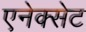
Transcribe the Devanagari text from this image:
एनेक्सेट